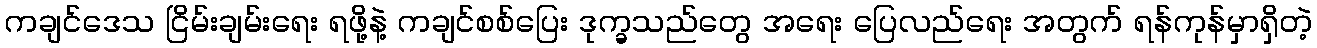
ကချင်ဒေသ ငြိမ်းချမ်းရေး ရဖို့နဲ့ ကချင်စစ်ပြေး ဒုက္ခသည်တွေ အရေး ပြေလည်ရေး အတွက် ရန်ကုန်မှာရှိတဲ့